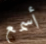
أسمع